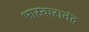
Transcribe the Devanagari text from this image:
भास्करानंद